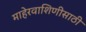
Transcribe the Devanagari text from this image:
माहेरवाशिणीसाठी